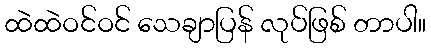
ထဲထဲဝင်ဝင် သေချာပြန် လုပ်ဖြစ် တာပါ။